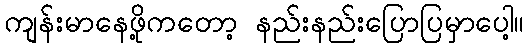
ကျန်းမာနေဖို့ကတော့ နည်းနည်းပြောပြမှာပေါ့။